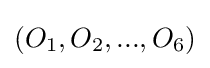
(O_{1},O_{2},...,O_{6})